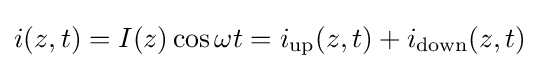
i(z,t)=I(z)\cos {\omega t}=i_{\text{up}}(z,t)+i_{\text{down}}(z,t)